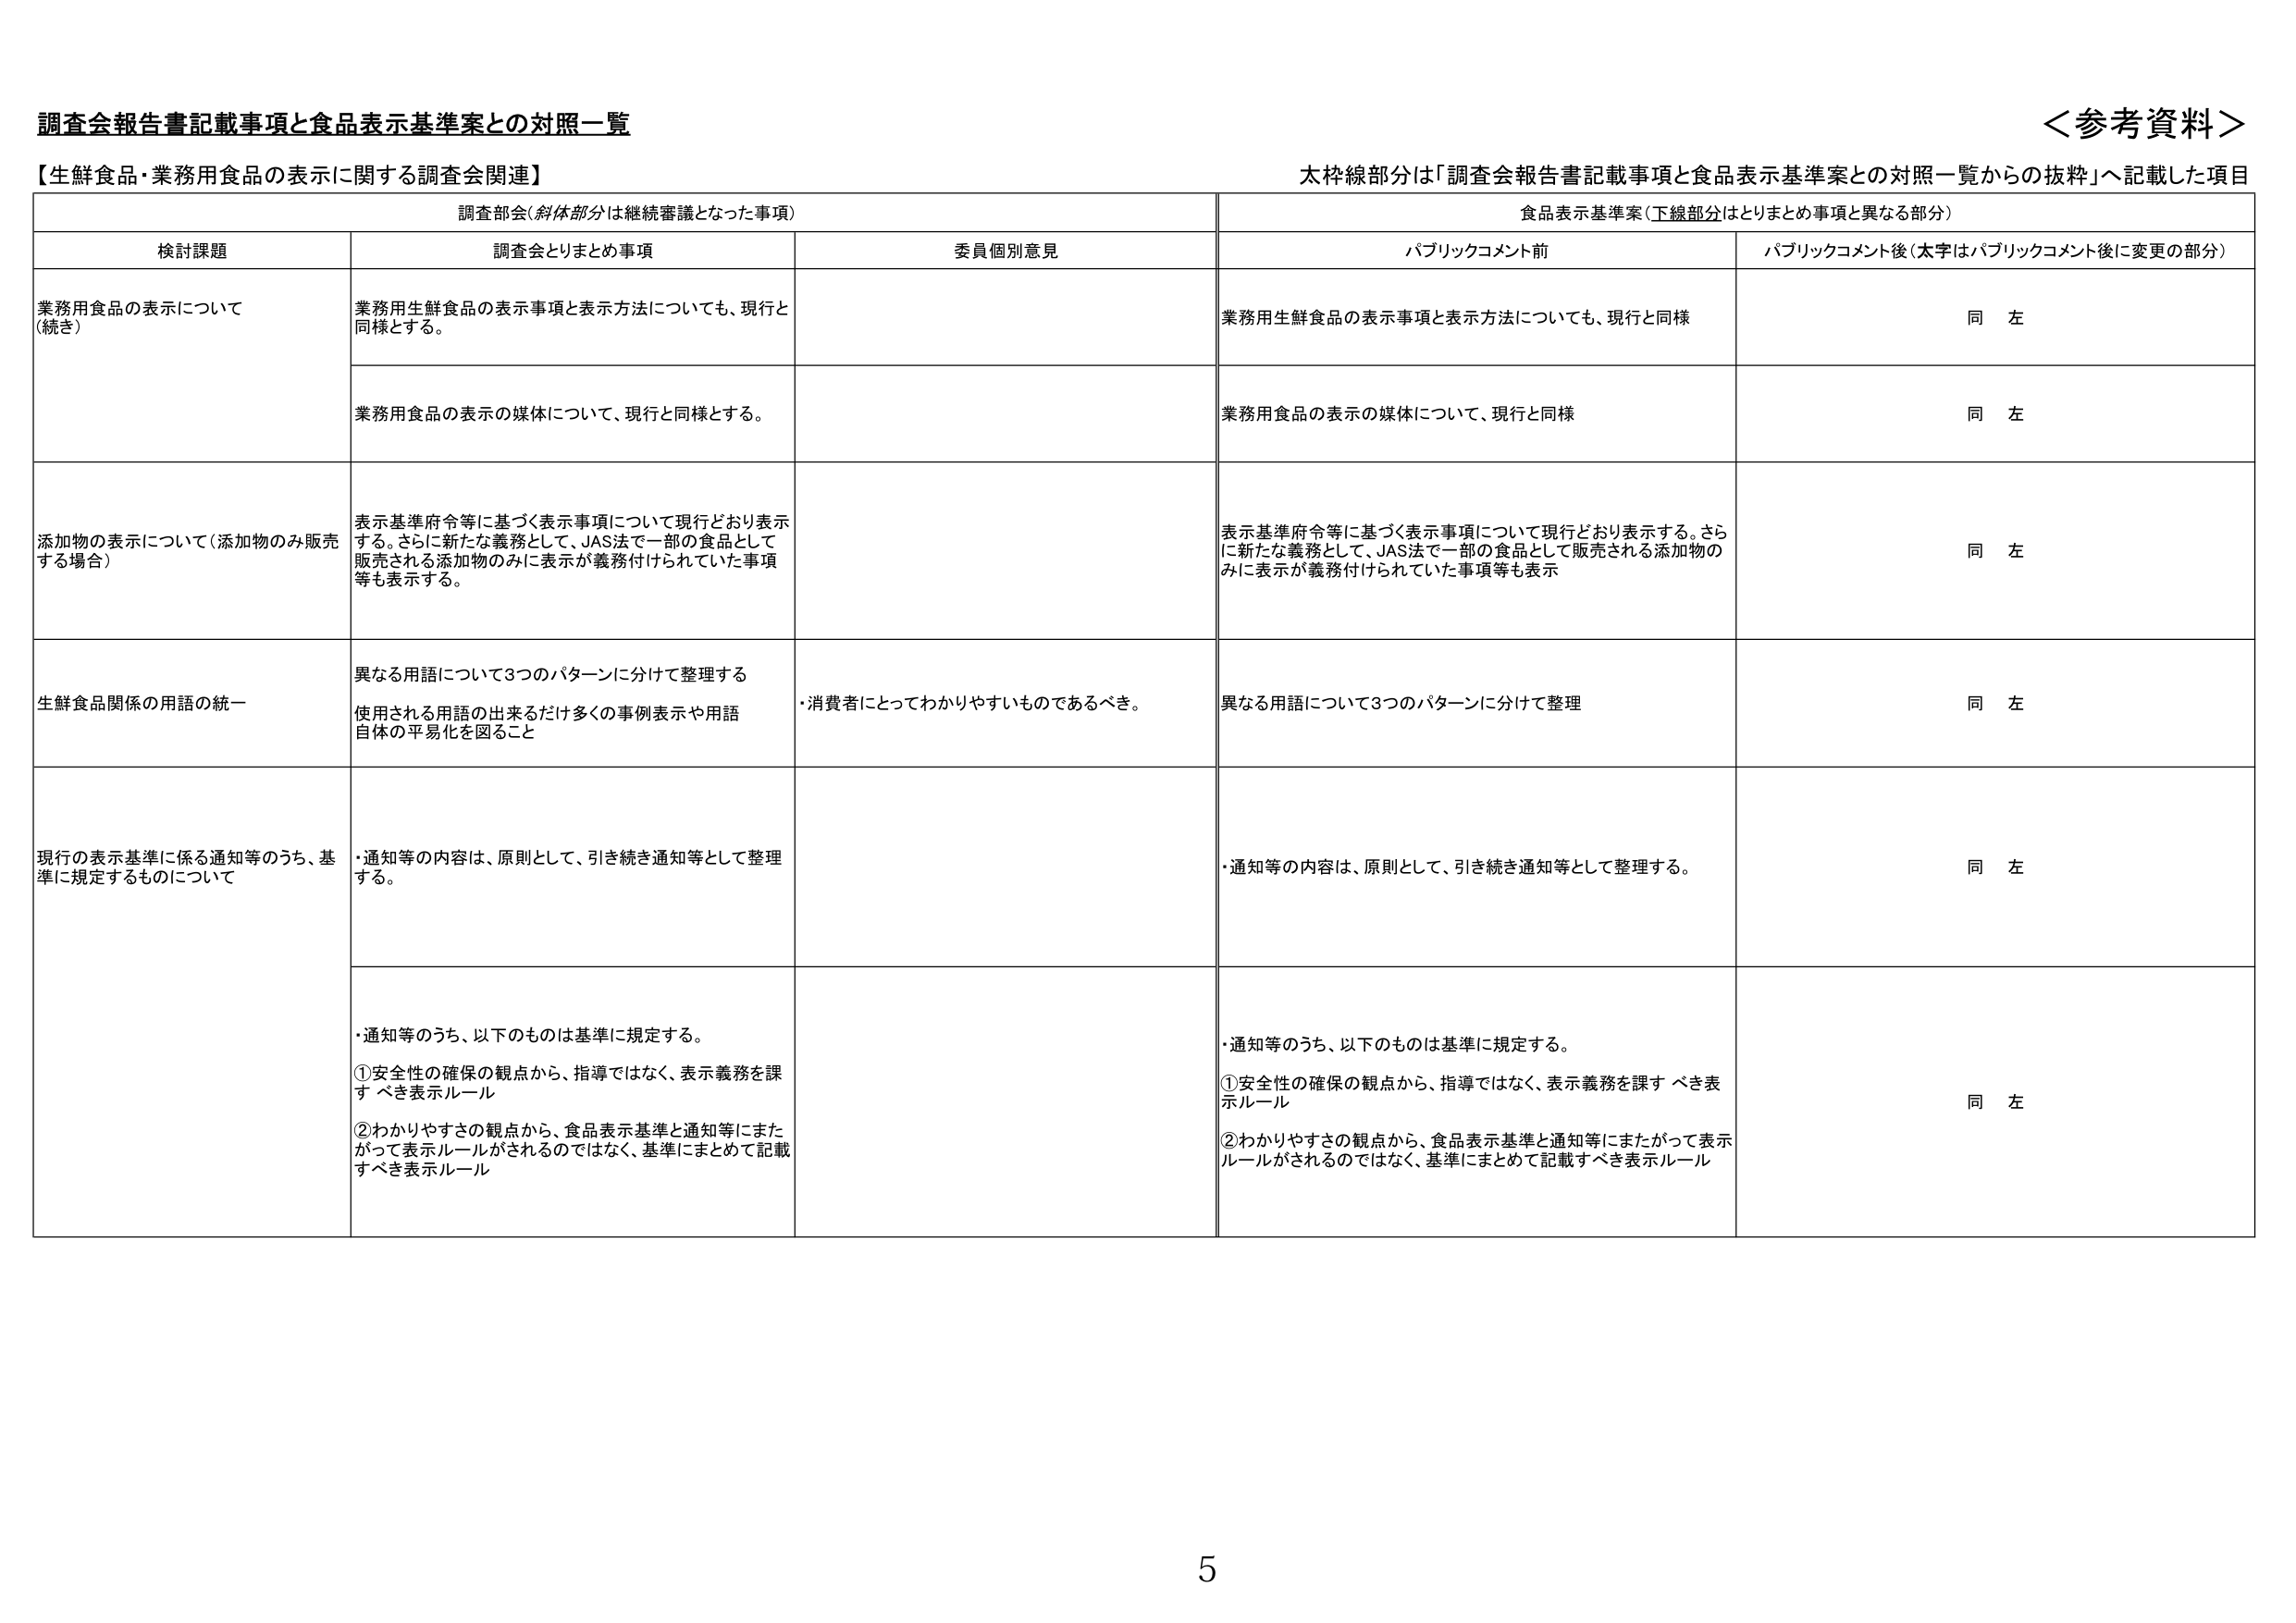
調査会報告書記載事項と食品表示基準案との対照一覧
＜参考資料＞

【生鮮食品・業務用食品の表示に関する調査会関連】
太枠線部分は「調査会報告書記載事項と食品表示基準案との対照一覧からの抜粋」へ記載した項目

調査部会（斜体部分は継続審議となった事項）
食品表示基準案（下線部分はとりまとめ事項と異なる部分）

検討課題
調査会とりまとめ事項
委員個別意見
パブリックコメント前
パブリックコメント後（太字はパブリックコメント後に変更の部分）

業務用食品の表示について
（続き）
業務用生鮮食品の表示事項と表示方法についても、現行と同様とする。
業務用生鮮食品の表示事項と表示方法についても、現行と同様
同 左

業務用食品の表示の媒体について、現行と同様とする。
業務用食品の表示の媒体について、現行と同様
同 左

添加物の表示について（添加物のみ販売する場合）
表示基準府令等に基づく表示事項について現行どおり表示する。さらに新たな義務として、JAS法で一部の食品として販売される添加物のみに表示が義務付けられていた事項等も表示する。
表示基準府令等に基づく表示事項について現行どおり表示する。さらに新たな義務として、JAS法で一部の食品として販売される添加物のみに表示が義務付けられていた事項等も表示
同 左

生鮮食品関係の用語の統一
異なる用語について3つのパターンに分けて整理する
使用される用語の出来うだけ多くの事例表示や用語自体の平易化を図ること
・消費者にとってわかりやすいものであるべき。
異なる用語について3つのパターンに分けて整理
同 左

現行の表示基準に係る通知等のうち、基準に規定するものについて
・通知等の内容は、原則として、引き続き通知等として整理する。
・通知等の内容は、原則として、引き続き通知等として整理する。
同 左

・通知等のうち、以下のものは基準に規定する。
①安全性の確保の観点から、指導ではなく、表示義務を課すべき表示ルール
②わかりやすさの観点から、食品表示基準と通知等にまたがって表示ルールがされるのではなく、基準にまとめて記載すべき表示ルール
・通知等のうち、以下のものは基準に規定する。
①安全性の確保の観点から、指導ではなく、表示義務を課すべき表示ルール
②わかりやすさの観点から、食品表示基準と通知等にまたがって表示ルールがされるのではなく、基準にまとめて記載すべき表示ルール
同 左

5